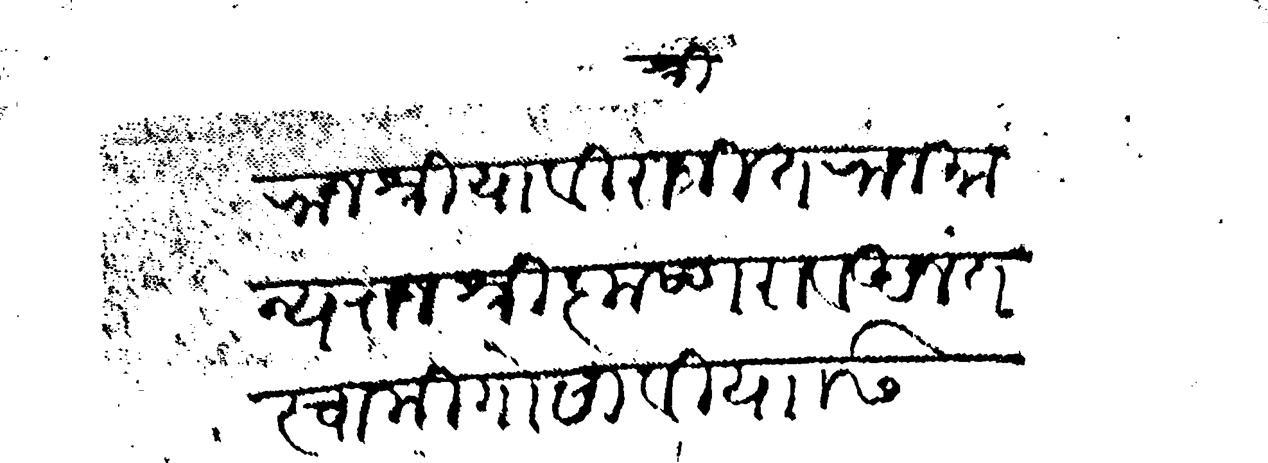
Transliteration (Devanagari): श्री राजश्रिया विराजित राजमान्य राजश्री कृष्णराव अनंत स्वामी गोसावी यासी